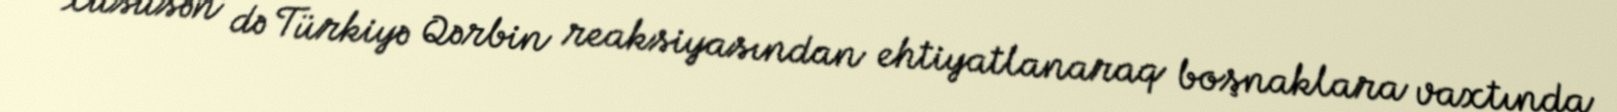
xüsusən də Türkiyə Qərbin reaksiyasından ehtiyatlanaraq boşnaklara vaxtında